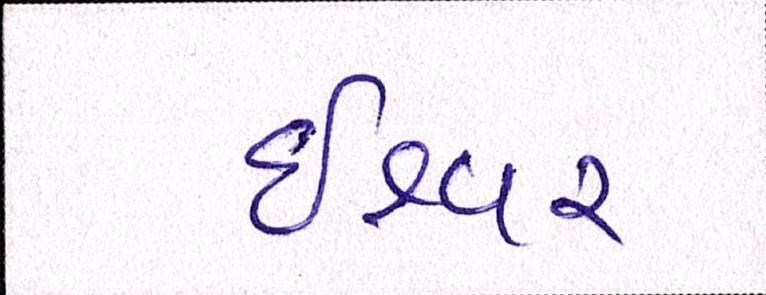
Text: ઈશ્વર